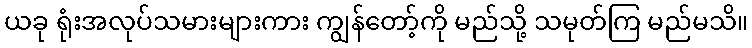
ယခု ရုံးအလုပ်သမားများကား ကျွန်တော့်ကို မည်သို့ သမုတ်ကြ မည်မသိ။